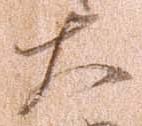
大